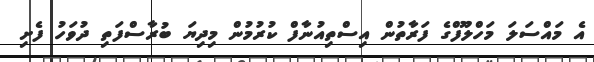
އެ މައްސަލަ މަހްލޫފްގެ ފަރާތުން އިސްތިއުނާފް ކުރުމުން މިދިޔަ ބުރާސްފަތި ދުވަހު ފެށި